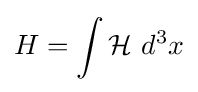
H=\int {\mathcal {H}}\ d^{3}x